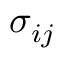
\sigma _ { i j }